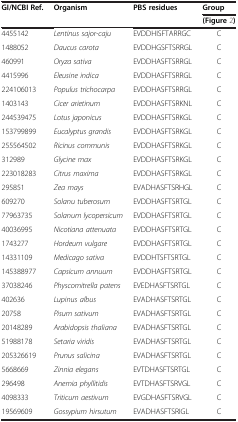
| <ROWSPAN=2> GI/NCBI Ref. | <ROWSPAN=2> Organism | <ROWSPAN=2> PBS residues | Group |
 | (Figure2) |
 | --- | --- | --- | --- |
 | 4455142 | Lentinus sajor-caju | EVDDHISFTARRGC | C |
 | 1488052 | Daucus carota | EVDDHGSFTSRRGL | C |
 | 460991 | Oryza sativa | EVDDHASFTSRRGL | C |
 | 4415996 | Eleusine indica | EVDDHASFTSRRGL | C |
 | 224106013 | Populus trichocarpa | EVDDHASFTSRRGL | C |
 | 1403143 | Cicer arietinum | EVDDHASFTSRKNL | C |
 | 244539475 | Lotus japonicus | EVDDHASFTSRKGL | C |
 | 153799899 | Eucalyptus grandis | EVDDHASFTSRKGL | C |
 | 255564502 | Ricinus communis | EVDDHASFTSRKGL | C |
 | 312989 | Glycine max | EVDDHASFTSRKGL | C |
 | 223018283 | Citrus maxima | EVDDHASFTSRKGL | C |
 | 295851 | Zea mays | EVADHASFTSRHGL | C |
 | 609270 | Solanu tuberosum | EVDDHASFTSRTGL | C |
 | 77963735 | Solanum lycopersicum | EVDDHASFTSRTGL | C |
 | 40036995 | Nicotiana attenuata | EVDDHASFTSRTGL | C |
 | 1743277 | Hordeum vulgare | EVDDHASFTSRTGL | C |
 | 14331109 | Medicago sativa | EVDDHTSFTSRTGL | C |
 | 145388977 | Capsicum annuum | EVDDHASFTSRTGL | C |
 | 37038246 | Physcomitrella patens | EVEDHASFTSRTGL | C |
 | 402636 | Lupinus albus | EVADHASFTSRTGL | C |
 | 20758 | Pisum sativum | EVADHASFTSRTGL | C |
 | 20148289 | Arabidopsis thaliana | EVADHASFTSRTGL | C |
 | 51988178 | Setaria viridis | EVADHASFTSRTGL | C |
 | 205326619 | Prunus salicina | EVADHASFTSRTGL | C |
 | 5668669 | Zinnia elegans | EVTDHASFTSRTGL | C |
 | 296498 | Anemia phyllitidis | EVTDHASFTSRVGL | C |
 | 4098333 | Triticum aestivum | EVGDHASFTSRVGL | C |
 | 19569609 | Gossypium hirsutum | EVADHASFTSRIGL | C |